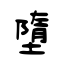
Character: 墮